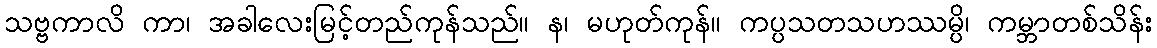
သဗ္ဗကာလိ ကာ၊ အခါလေးမြင့်တည်ကုန်သည်။ န၊ မဟုတ်ကုန်။ ကပ္ပသတသဟဿမ္ပိ၊ ကမ္ဘာတစ်သိန်း